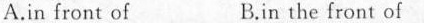
A.in front of B.in the front of